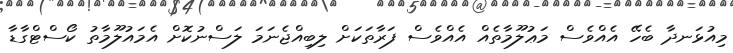
މިއުޅަނދާ ބެހޭ އެއްވެސް މަޢުލޫމާތެއް އެއްވެސް ފަރާތަކަށް ލިބިއްޖެނަމަ ލަސްނުކޮށް އެމައުލޫމާތު ކޯސްޓްގާޑާ